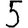
Digit: 5